Annual statistical returns and brief notes on vaccination in Bengal - 1887-1898
Year: 1887
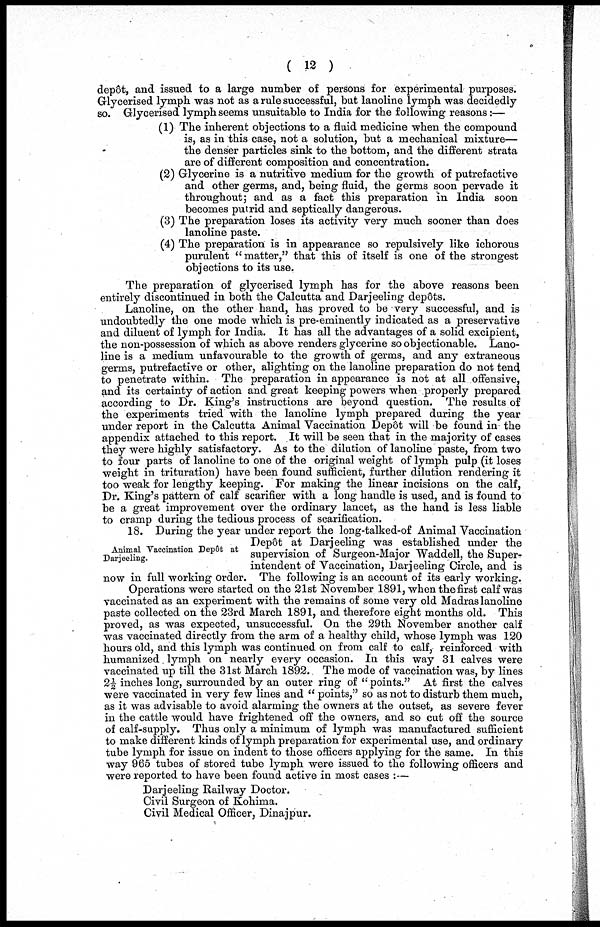
( 12 )
depôt , and issued to a large number of persons for experimental purposes.
Glycerised lymph was not as a rule successful, but lanoline lymph was decidedly
so. Glycerised lymph seems unsuitable to India for the following reasons:—
(1) The inherent objections to a fluid medicine when the compound
is, as in this case, not a solution, but a mechanical mixture—
the denser particles sink to the bottom, and the different strata
are of different composition and concentration.
(2) Glycerine is a nutritive medium for the growth of putrefactive
and other germs, and, being fluid, the germs soon pervade it
throughout; and as a fact this preparation in India soon
becomes putrid and septically dangerous.
(3) The preparation loses its activity very much sooner than does
lanoline paste.
(4) The preparation is in appearance so repulsively like ichorous
purulent "matter," that this of itself is one of the strongest
objections to its use.
The preparation of glycerised lymph has for the above reasons been
entirely discontinued in both the Calcutta and Darjeeling depôts.
Lanoline, on the other hand, has proved to be very successful, and is
undoubtedly the one mode which is pre-eminently indicated as a preservative
and diluent of lymph for India. It has all the advantages of a solid excipient,
the non-possession of which as above renders glycerine so objectionable. Lano-
line is a medium unfavourable to the growth of germs, and any extraneous
germs, putrefactive or other, alighting on the lanoline preparation do not tend
to penetrate within. The preparation in appearance is not at all offensive,
and its certainty of action and great keeping powers when properly prepared
according to Dr. King's instructions are beyond question. The results of
the experiments tried with the lanoline lymph prepared during the year
under report in the Calcutta Animal Vaccination Depôt will be found in the
appendix attached to this report. It will be seen that in the majority of cases
they were highly satisfactory. As to the dilution of lanoline paste, from two
to four parts of lanoline to one of the original weight of lymph pulp (it loses
weight in trituration) have been found sufficient, further dilution rendering it
too weak for lengthy keeping. For making the linear incisions on the calf,
Dr. King's pattern of calf scarifier with a long handle is used, and is found to
be a great improvement over the ordinary lancet, as the hand is less liable
to cramp during the tedious process of scarification.
Animal Vaccination Depôt at
Darjeeling.
18. During the year under report the long-talked-of Animal Vaccination
Depôt at Darjeeling was established under the
supervision of Surgeon-Major Waddell, the Super-
intendent of Vaccination, Darjeeling Circle, and is
now in full working order. The following is an account of its early working.
Operations were started on the 21st November 1891, when the first calf was
vaccinated as an experiment with the remains of some very old Madras lanoline
paste collected on the 23rd March 1891, and therefore eight months old. This
proved, as was expected, unsuccessful. On the 29th November another calf
was vaccinated directly from the arm of a healthy child, whose lymph was 120
hours old, and this lymph was continued on from calf to calf, reinforced with
humanized. lymph on nearly every occasion. In this way 31 calves were
vaccinated up till the 31st March 1892. The mode of vaccination was, by lines
2½ inches long, surrounded by an outer ring of "points." At first the calves
were vaccinated in very few lines and " points," so as not to disturb them much,
as it was advisable to avoid alarming the owners at the outset, as severe fever
in the cattle would have frightened off the owners, and so cut off the source
of calf-supply. Thus only a minimum of lymph was manufactured sufficient
to make different kinds of lymph preparation for experimental use, and ordinary
tube lymph for issue on indent to those officers applying for the same. In this
way 965 tubes of stored tube lymph were issued to the following officers and
were reported to have been found active in most cases :—
Darjeeling Railway Doctor.
Civil Surgeon of Kohima.
Civil Medical Officer, Dinajpur.